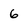
Character: 6